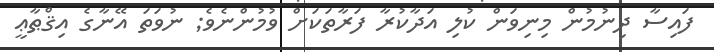
ފައިސާ ދިނުމުން މިނިވަން ކުލި އަދާކުރާ ފަރާތަކަށް ވުމުންނެވެ; ނުވަތަ އޭނާގެ އިޤްޠާޢީ